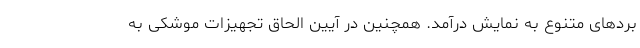
بردهای متنوع به نمایش درآمد. همچنین در آیین الحاق تجهیزات موشکی به